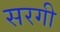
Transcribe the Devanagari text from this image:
सरगी